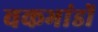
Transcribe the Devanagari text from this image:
वकभांडों